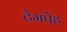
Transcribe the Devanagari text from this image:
टेमपेह